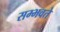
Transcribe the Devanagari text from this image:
सम्भवते